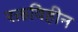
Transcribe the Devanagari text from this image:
रक्तविहीन